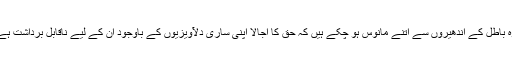
وہ باطل کے اندھیروں سے اتنے مانوس ہو چکے ہیں کہ حق کا اجالا اپنی ساری دلآویزیوں کے باوجود ان کے لیے ناقابل برداشت ہے۔